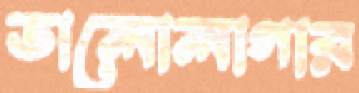
ভালোলাগার